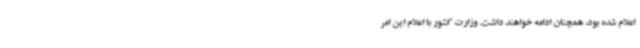
اعلام شده بود، همچنان ادامه خواهند داشت. وزارت کشور با اعلام این امر